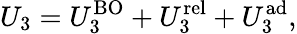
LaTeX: U_{3}=U_{3}^{\mathrm{BO}}+U_{3}^{\mathrm{rel}}+U_{3}^{\mathrm{ad}},